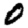
Digit: 0